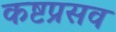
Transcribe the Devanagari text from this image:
कष्टप्रसव